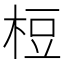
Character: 梪